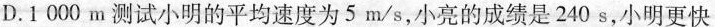
D.1000m测试小明的平均速度为5m/s，小亮的成绩是240s，小明更快